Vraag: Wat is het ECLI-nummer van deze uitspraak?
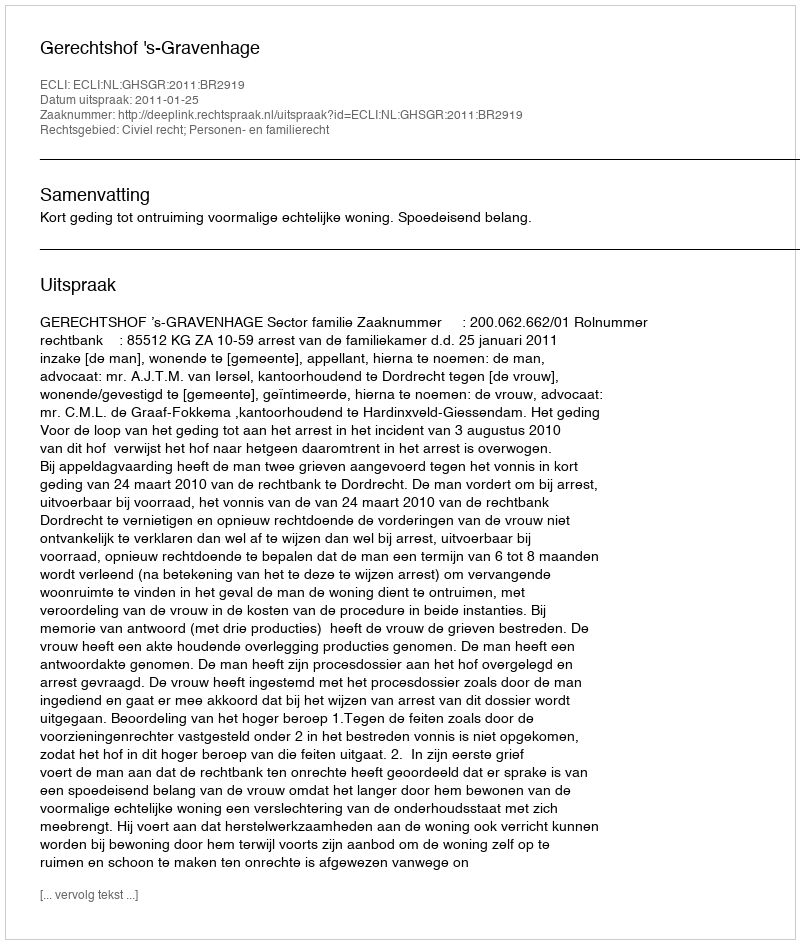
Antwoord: ECLI:NL:GHSGR:2011:BR2919